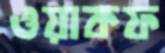
ওয়াকফ